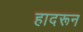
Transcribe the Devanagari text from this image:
हादरून